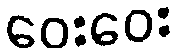
ဝေးဝေး